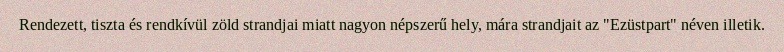
Rendezett, tiszta és rendkívül zöld strandjai miatt nagyon népszerű hely, mára strandjait az "Ezüstpart" néven illetik.